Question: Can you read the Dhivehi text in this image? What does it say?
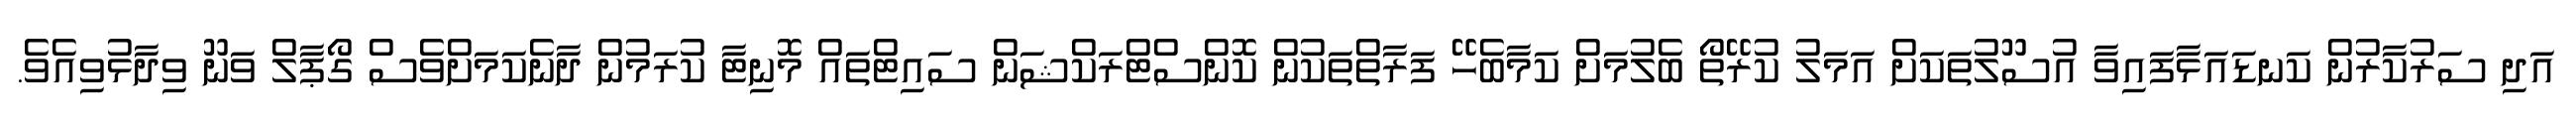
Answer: އަދި ސަރުކާރުން ކަނޑައަޅާފައިވާ އުސޫލުތަކަށް އަމަލު ކުރޭތޯ ބެލުމަށް ކަމާބެހޭ ފަރާތްތަކުން ކޮންސްޓްރަކްޝަން ސައިޓްތައް މޮނިޓާ ކުރަމުން ދާނެކަމަށްވެސް ގޯޕާލް ވަނޫ ވިދާޅުވިއެވެ.